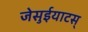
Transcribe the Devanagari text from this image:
जेसुईयाटस्